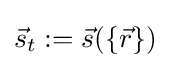
{\vec {s}}_{t}:={\vec {s}}(\{{\vec {r}}\})